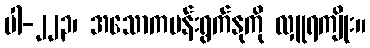
ပါ-၂၂၃၊ အသောကပန်းရွက်နုကို လှူရကျိုး။